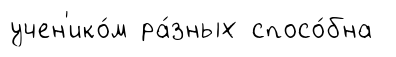
учен'ико́м ра́зных спосо́бна